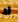
لا